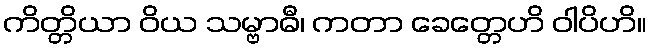
ကိတ္တိယာ ဝိယ သမ္ဗာဓီ၊ ကတာ ခေတ္တေဟိ ဝါပိဟိ။